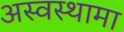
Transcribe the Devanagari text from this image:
अस्वस्थामा